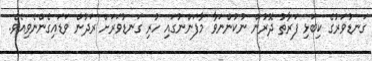
ގަނޑުވަރުގެ ކިބަޅި ފަރާތު ދޮރުން ނުކުންނަވާ މާފަންނުގައި ހުރި ގަނޑުވަރަށް ރަދުން ވަޑައިގެންނެވިއެވެ.